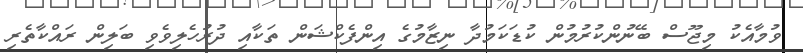
ވުމާއެކު މިޖޫސް ބޭނުންކުރުމުން ކުޑަކަމުދާ ނިޒާމުގެ އިންފެކްޝަން ތަކާއި ދުރުހެލިވެވި ބަލިން ރައްކާތެރި